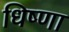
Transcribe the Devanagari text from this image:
धिष्णा